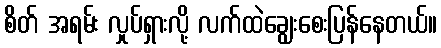
စိတ် အရမ်း လှုပ်ရှားလို့ လက်ထဲချွေးစေးပြန်နေတယ်။